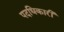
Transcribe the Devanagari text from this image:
पदधिकारी